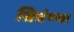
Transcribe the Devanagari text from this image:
सिघंण्णा